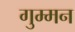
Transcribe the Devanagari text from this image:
गुम्मन